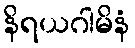
နိရယဂါမိနံ